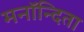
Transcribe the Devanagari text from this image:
मनॉन्दिता